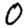
Digit: 0